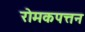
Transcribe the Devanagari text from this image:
रोमकपत्तन